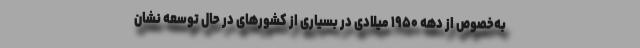
به‌خصوص از دهه ۱۹۵۰ میلادی در بسیاری از کشورهای در حال توسعه نشان